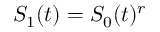
S _ { 1 } ( t ) = S _ { 0 } ( t ) ^ { r }